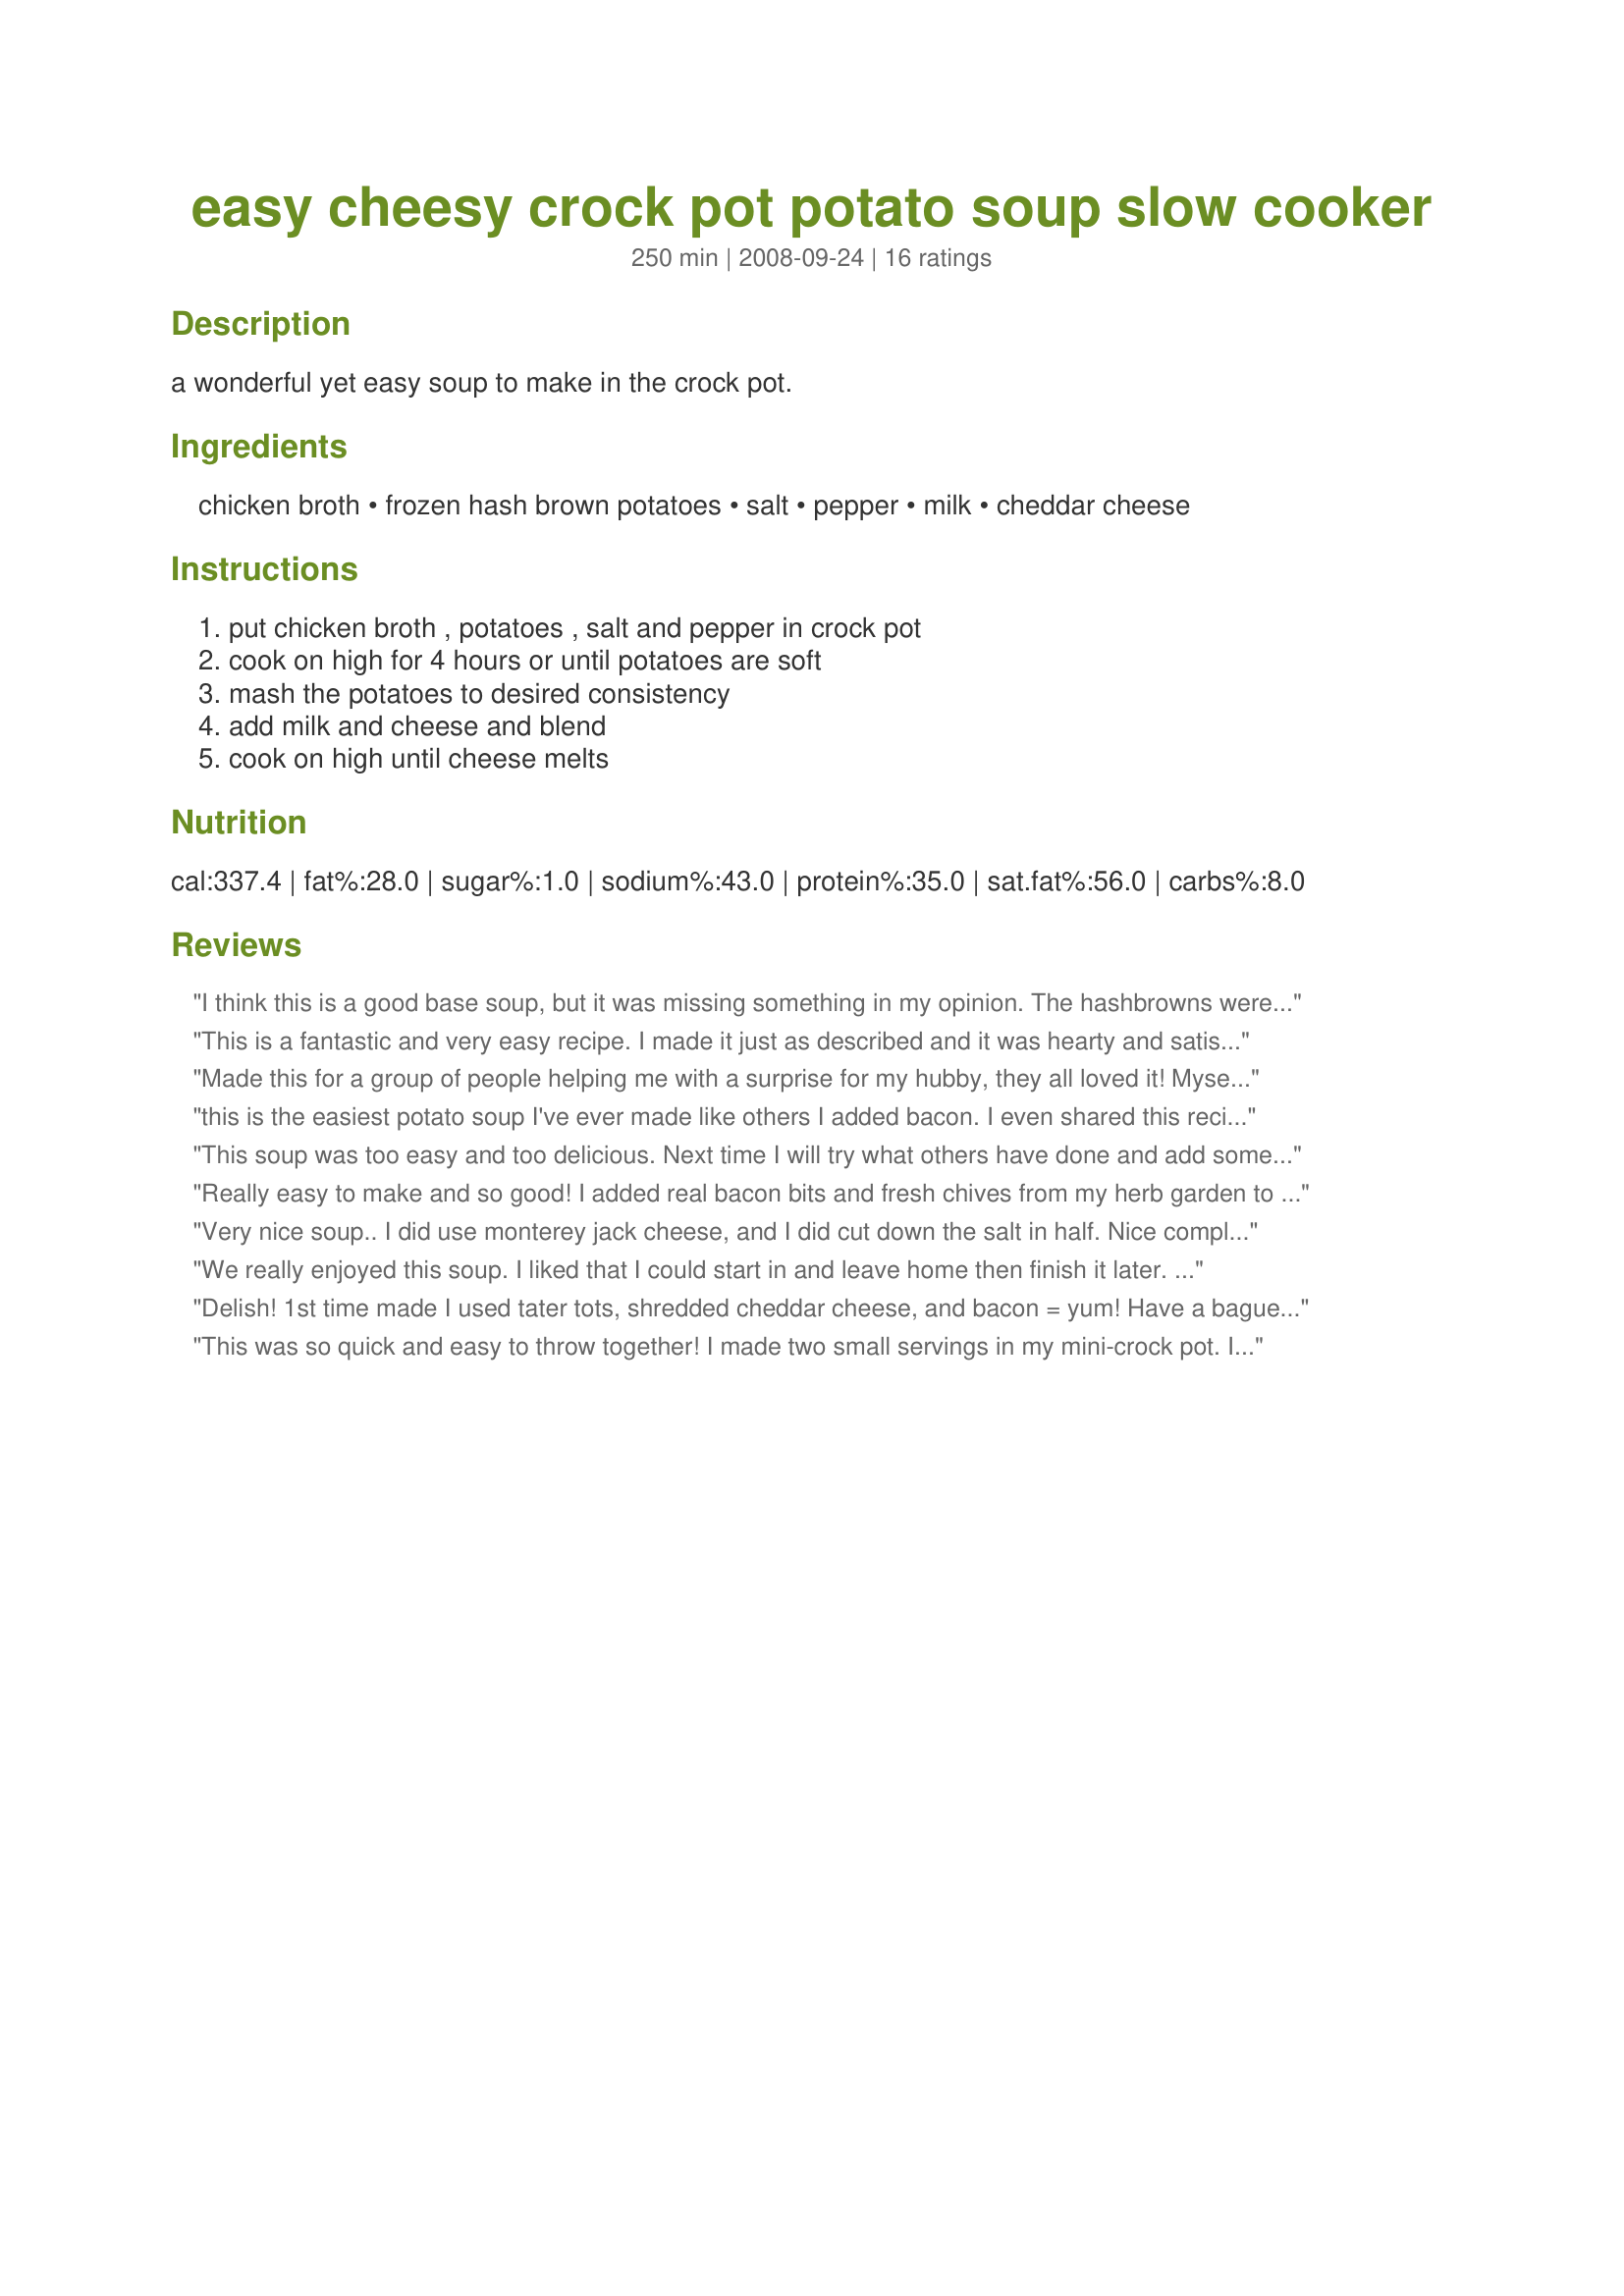
easy cheesy crock pot potato soup slow cooker
Preparation time: 250 minutes

a wonderful yet easy soup to make in the crock pot.

Ingredients:
chicken broth, frozen hash brown potatoes, salt, pepper, milk, cheddar cheese

Steps:
put chicken broth , potatoes , salt and pepper in crock pot, cook on high for 4 hours or until potatoes are soft, mash the potatoes to desired consistency, add milk and cheese and blend, cook on high until cheese melts

Reviews:
I think this is a good base soup, but it was missing something in my opinion. The hashbrowns were still lumpy even after I tried mashing them in the crock pot, so we didn't care for the texture. Looking at the other reviews, I would definatly put bacon or ham cubes in it next time, along with some onion and garlic for more flavor.
This is a fantastic and very easy recipe. I made it just as described and it was hearty and satisfying. Will definitely make again soon.
Made this for a group of people helping me with a surprise for my hubby, they all loved it! Myself included. For the potato's, I used Oreida frozen hash with the green and red peppers in it, real bacon bits and frozen corn. Will definitely make again and it is sooooooo easy.
this is the easiest potato soup I've ever made like others I added bacon. I even shared this recipe with my sister and she can't cook but she CAN make this.
This soup was too easy and too delicious. Next time I will try what others have done and add some bacon. We made it with some corn bread and my kids finished every last drop. <br/>A big crowd pleaser!!!
Really easy to make and so good! I added real bacon bits and fresh chives from my herb garden to the top before serving, and it was a huge hit!
Very nice soup.. I did use monterey jack cheese, and I did cut down the salt in half. Nice compliment to some super bowl leftovers. Made for PRMR tag.
We really enjoyed this soup. I liked that I could start in and leave home then finish it later. I added 3 slices of american cheese at the end for a richer cheese flavor. AND, I added celery, carrots and onions for some added veggies. I have already shared this recipe with my SIL!
Delish! 1st time made I used tater tots, shredded cheddar cheese, and bacon = yum! Have a baguette on hand to dunk in! :^)
This was so quick and easy to throw together! I made two small servings in my mini-crock pot. I also added chopped garlic. Next time, I'd like to try heavy cream for a thicker soup. Yummy!
This was very good! I did add celery in the beginning. I couldn't believe how easy and good this was. You have to make this, you'll like it too! Thank you for this, it's a keeper for sure.
I have made this a couple times on the stove. I haven't made it in the crock pot. It cooks up really fast on the stove (10 minutes max until my hash browns are cooked in a simmering pot). I made up a roux (milk, flour and butter) and added it to the chicken broth, hash brown pot and then mixed in the cheese.<br/><br/>My family loved it. And I loved how quick and easy it was!
At the time of this review, I have not made the recipe. However, I have made similar recipes and this looks just as good as some of the others. My only feedback is that 1. they don&#039;t tell you in the list of ingredients what type of milk - only in the directions. and 2. cheese is in the list of ingredients, but they neglect to tell you to add it. Only to stir the cheese till melted. When do you put the cheese in? I&#039;ve been cooking for a few decades and can figure this out myself. However, if someone is a new cook or not a confident cook, then this might confuse them.
First time making this . It is very cheesy . Kids liked it , they are the biggest critics .
I made this for a potluck at work, everyone loved it! I love pepper and you can really taste it in this recipe. If you don't care for it, cut back a little I bet it will still be great!
I&#039;m not a good cook, but even I couldn&#039;t mess this up! Fabulous...and easy.
